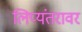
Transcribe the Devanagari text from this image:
लिप्यंतरावर